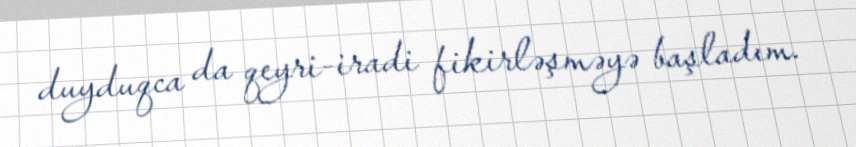
duyduqca da qeyri-iradi fikirləşməyə başladım.